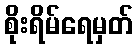
စိုးရိမ်ရေမှတ်